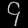
Digit: ၄